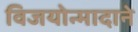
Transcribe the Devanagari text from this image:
विजयोन्मादाने